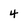
Character: 4